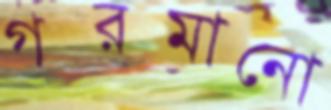
গরমানো